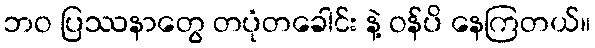
ဘဝ ပြဿနာတွေ တပုံတခေါင်း နဲ့ ဝန်ပိ နေကြတယ်။